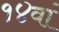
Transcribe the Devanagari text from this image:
१४वां